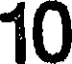
10